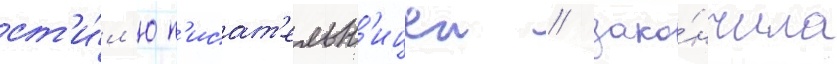
ст'и́л'ю п'исат'ельн'ицеи / зако́нчила